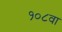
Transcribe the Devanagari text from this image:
१०८वा